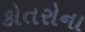
કોતરોના